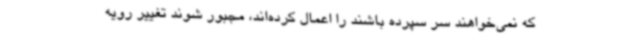
که نمی‌خواهند سر سپرده باشند را اعمال کرده‌اند، مجبور شوند تغییر رویه